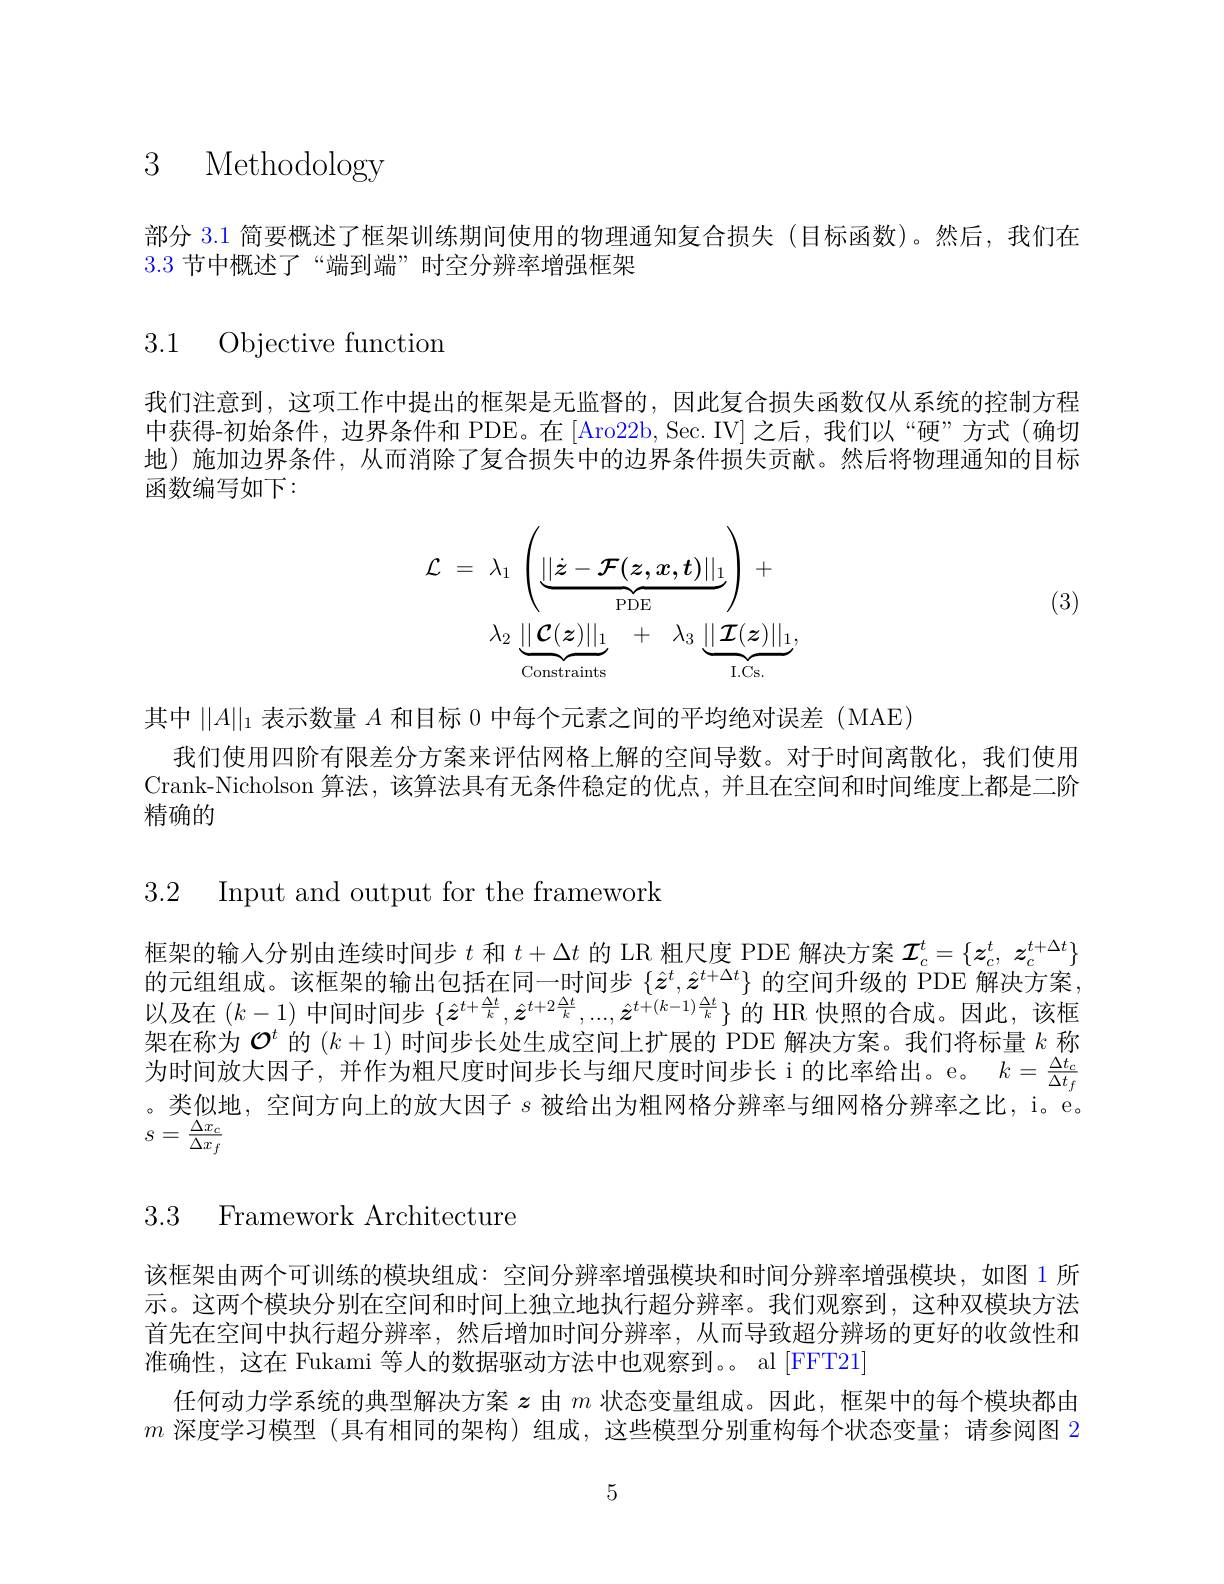
3 Methodology

部分 3.1 简要概述了框架训练期间使用的物理通知复合损失(目标函数)。然后，我们在
3.3节中概述了“端到端”时空分辨率增强框架

3.1 Objective function

我们注意到，这项工作中提出的框架是无监督的，因此复合损失函数仅从系统的控制方程中获得-初始条件，边界条件和 PDE。在 [Aro22b, Sec. IV] 之后，我们以 “硬”方式 (确切地)施加边界条件，从而消除了复合损失中的边界条件损失贡献。然后将物理通知的目标函数编写如下：
$$\begin{aligned}\mathcal{L}&=\:\lambda_{1}\:\left(\underbrace{||\dot{z}-\mathcal{F}(z,x,t)||_{1}}_{\mathrm{PDE}}\right)\:+\\&\lambda_{2}\:\underbrace{||\mathcal{C}(\boldsymbol{z})||_{1}}_{\mathrm{Constraints}}\:+\:\lambda_{3}\:\underbrace{||\mathcal{I}(\boldsymbol{z})||_{1}}_{\mathrm{I.Cs.}},\end{aligned}$$
(3)

其中$\|A\|_1$表示数量$A$和目标 0 中每个元素之间的平均绝对误差 (MAE)
我们使用四阶有限差分方案来评估网格上解的空间导数。对于时间离散化，我们使用Crank-Nicholson 算法，该算法具有无条件稳定的优点，并且在空间和时间维度上都是二阶精确的

3.2 Input and output for the framework

框架的输入分别由连续时间步$t$和$t+\Delta t$的 LR 粗尺度 PDE 解决方案$\mathcal{I}_c^t=\{\boldsymbol{z}_c^t,\boldsymbol{z}_c^{t+\Delta t}\}$ 的元组组成。该框架的输出包括在同一时间步$\{\hat{z}^t,\hat{z}^{t+\Delta t}\}$的空间升级的 PDE 解决方案以及在$(k-1)$中间时间步$\{\hat{z}^t+\frac{\Delta t}k,\hat{z}^{t+2\frac{\Delta t}k},...,\hat{z}^{t+(k-1)\frac{\Delta t}k}\}$的 HR 快照的合成。因此，该框架在称为$\mathcal{O}^t$的$(k+1)\ddot\text{ 时间步长处生成空间上扩展的 PDE 解决方案。我们将标量 }k$称为时间放大因子，并作为粗尺度时间步长与细尺度时间步长 i 的比率给出。e。$k=\frac{\Delta t_c}{\Delta t_f}$ 。类似地，空间方向上的放大因子$s$被给出为粗网格分辨率与细网格分辨率之比，i。e。$s=\frac{\Delta x_{c}}{\Delta x_{f}}$

# 3.3 Framework Architecture

该框架由两个可训练的模块组成：空间分辨率增强模块和时间分辨率增强模块，如图 1 所示。这两个模块分别在空间和时间上独立地执行超分辨率。我们观察到，这种双模块方法首先在空间中执行超分辨率，然后增加时间分辨率，从而导致超分辨场的更好的收敛性和准确性，这在 Fukami 等人的数据驱动方法中也观察到。。al [FFT21]
任何动力学系统的典型解决方案$z$由$m$状态变量组成。因此，框架中的每个模块都由$m$深度学习模型 (具有相同的架构)组成，这些模型分别重构每个状态变量；请参阅图 2

5